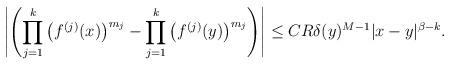
LaTeX: \begin{align*}\left| \left( \prod_{j=1}^k \big( f^{(j)}(x) \big)^{m_j} - \prod_{j=1}^k \big( f^{(j)}(y) \big)^{m_j} \right) \right| \leq CR \delta(y)^{M-1} |x-y|^{\beta-k} .\end{align*}